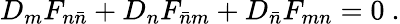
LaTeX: D_{m}F_{n\bar{n}}+D_{n}F_{\bar{n}m}+D_{\bar{n}}F_{mn}=0\ .